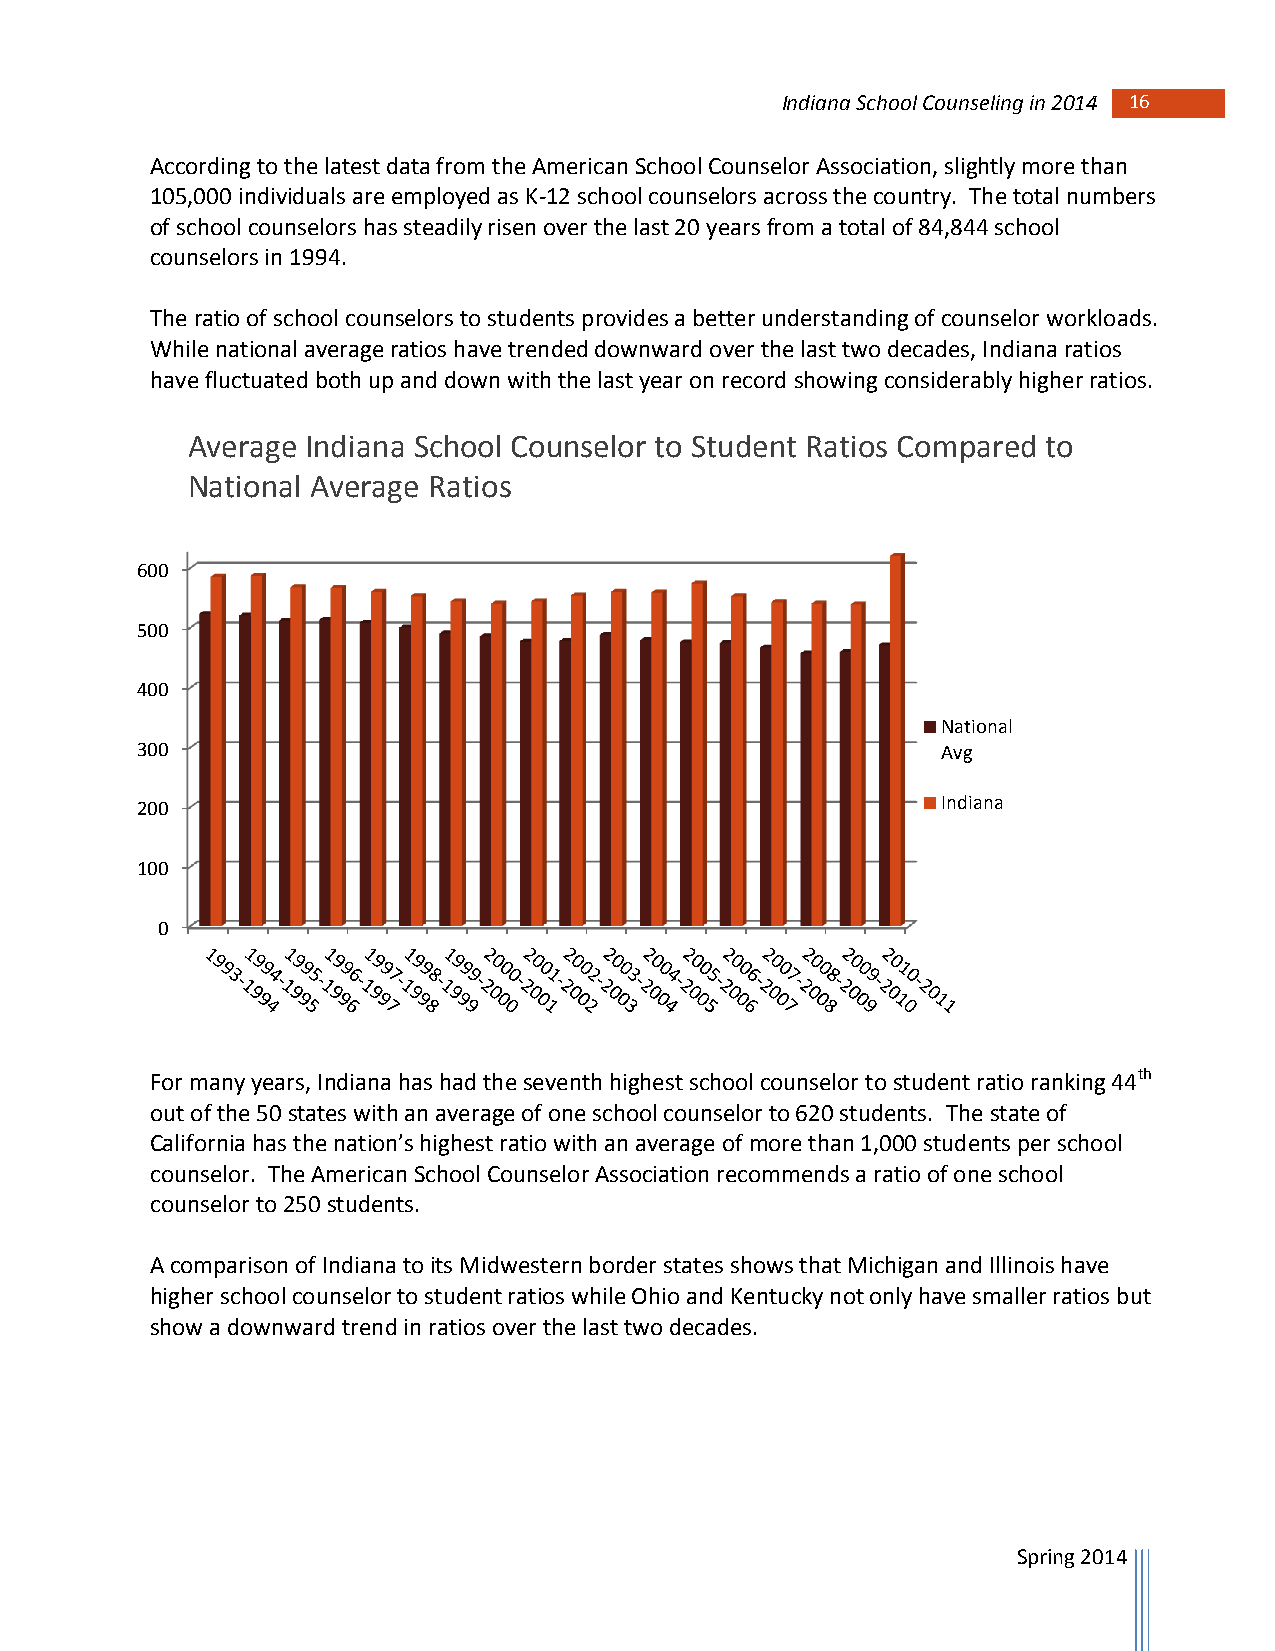
Indiana School Counseling in 2014 16
 According to the latest data from the American School Counselor Association, slightly more than
 105,000 individuals are employed as K-12 school counselors across the country. The total numbers
 of school counselors has steadily risen over the last 20 years from a total of 84,844 school
 counselors in 1994.
 The ratio of school counselors to students provides a better understanding of counselor workloads.
 While national average ratios have trended downward over the last two decades, Indiana ratios
 have fluctuated both up and down with the last year on record showing considerably higher ratios.
 Average Indiana School Counselor to Student Ratios Compared to
 National Average Ratios
 600
 500
 400
 National
 300                                                  Avg
 Indiana
 200
 100
 0
 For many years, Indiana has had the seventh highest school counselor to student ratio ranking 44th
 out of the 50 states with an average of one school counselor to 620 students. The state of
 California has the nation’s highest ratio with an average of more than 1,000 students per school
 counselor. The American School Counselor Association recommends a ratio of one school
 counselor to 250 students.
 A comparison of Indiana to its Midwestern border states shows that Michigan and Illinois have
 higher school counselor to student ratios while Ohio and Kentucky not only have smaller ratios but
 show a downward trend in ratios over the last two decades.
 Spring 2014